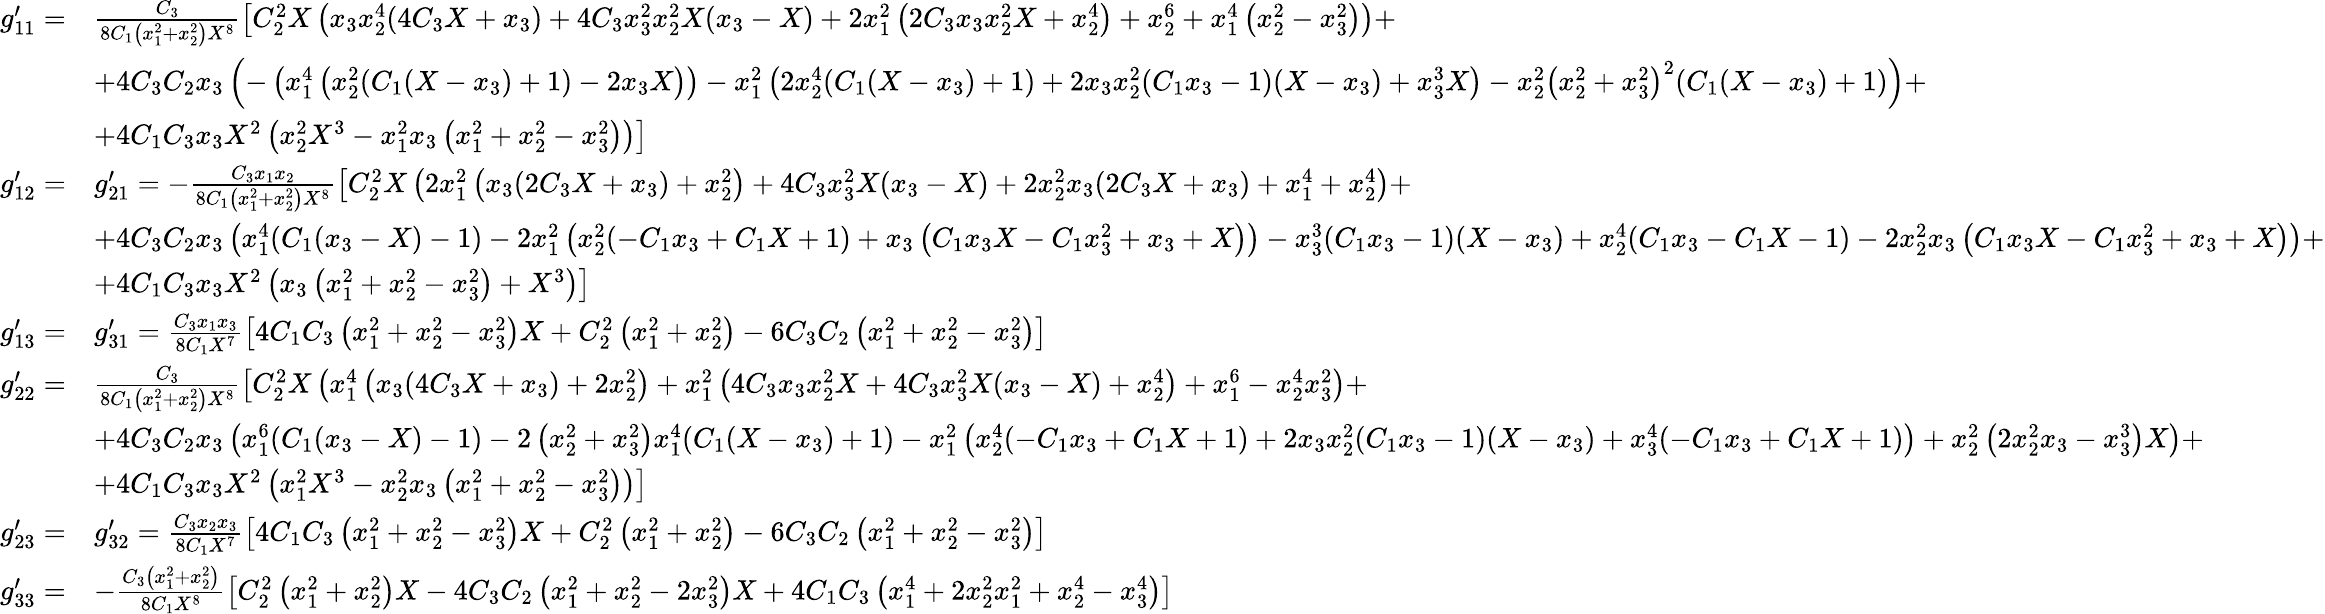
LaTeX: \begin{array}{rl}{g_{11}^{\prime}=}&{\frac{C_{3}}{8C_{1}\left(x_{1}^{2}+x_{2}^{2}\right)X^{8}}\left[C_{2}^{2}X\left(x_{3}x_{2}^{4}(4C_{3}X+x_{3})+4C_{3}x_{3}^{2}x_{2}^{2}X(x_{3}-X)+2x_{1}^{2}\left(2C_{3}x_{3}x_{2}^{2}X+x_{2}^{4}\right)+x_{2}^{6}+x_{1}^{4}\left(x_{2}^{2}-x_{3}^{2}\right)\right)+\right.}\\ &{\left.+4C_{3}C_{2}x_{3}\left(-\left(x_{1}^{4}\left(x_{2}^{2}(C_{1}(X-x_{3})+1)-2x_{3}X\right)\right)-x_{1}^{2}\left(2x_{2}^{4}(C_{1}(X-x_{3})+1)+2x_{3}x_{2}^{2}(C_{1}x_{3}-1)(X-x_{3})+x_{3}^{3}X\right)-x_{2}^{2}\left(x_{2}^{2}+x_{3}^{2}\right)^{2}(C_{1}(X-x_{3})+1)\right)+\right.}\\ &{\left.+4C_{1}C_{3}x_{3}X^{2}\left(x_{2}^{2}X^{3}-x_{1}^{2}x_{3}\left(x_{1}^{2}+x_{2}^{2}-x_{3}^{2}\right)\right)\right]}\\ {g_{12}^{\prime}=}&{g_{21}^{\prime}=-\frac{C_{3}x_{1}x_{2}}{8C_{1}\left(x_{1}^{2}+x_{2}^{2}\right)X^{8}}\left[C_{2}^{2}X\left(2x_{1}^{2}\left(x_{3}(2C_{3}X+x_{3})+x_{2}^{2}\right)+4C_{3}x_{3}^{2}X(x_{3}-X)+2x_{2}^{2}x_{3}(2C_{3}X+x_{3})+x_{1}^{4}+x_{2}^{4}\right)+\right.}\\ &{\left.+4C_{3}C_{2}x_{3}\left(x_{1}^{4}(C_{1}(x_{3}-X)-1)-2x_{1}^{2}\left(x_{2}^{2}(-C_{1}x_{3}+C_{1}X+1)+x_{3}\left(C_{1}x_{3}X-C_{1}x_{3}^{2}+x_{3}+X\right)\right)-x_{3}^{3}(C_{1}x_{3}-1)(X-x_{3})+x_{2}^{4}(C_{1}x_{3}-C_{1}X-1)-2x_{2}^{2}x_{3}\left(C_{1}x_{3}X-C_{1}x_{3}^{2}+x_{3}+X\right)\right)+\right.}\\ &{\left.+4C_{1}C_{3}x_{3}X^{2}\left(x_{3}\left(x_{1}^{2}+x_{2}^{2}-x_{3}^{2}\right)+X^{3}\right)\right]}\\ {g_{13}^{\prime}=}&{g_{31}^{\prime}=\frac{C_{3}x_{1}x_{3}}{8C_{1}X^{7}}\left[4C_{1}C_{3}\left(x_{1}^{2}+x_{2}^{2}-x_{3}^{2}\right)X+C_{2}^{2}\left(x_{1}^{2}+x_{2}^{2}\right)-6C_{3}C_{2}\left(x_{1}^{2}+x_{2}^{2}-x_{3}^{2}\right)\right]}\\ {g_{22}^{\prime}=}&{\frac{C_{3}}{8C_{1}\left(x_{1}^{2}+x_{2}^{2}\right)X^{8}}\left[C_{2}^{2}X\left(x_{1}^{4}\left(x_{3}(4C_{3}X+x_{3})+2x_{2}^{2}\right)+x_{1}^{2}\left(4C_{3}x_{3}x_{2}^{2}X+4C_{3}x_{3}^{2}X(x_{3}-X)+x_{2}^{4}\right)+x_{1}^{6}-x_{2}^{4}x_{3}^{2}\right)+\right.}\\ &{\left.+4C_{3}C_{2}x_{3}\left(x_{1}^{6}(C_{1}(x_{3}-X)-1)-2\left(x_{2}^{2}+x_{3}^{2}\right)x_{1}^{4}(C_{1}(X-x_{3})+1)-x_{1}^{2}\left(x_{2}^{4}(-C_{1}x_{3}+C_{1}X+1)+2x_{3}x_{2}^{2}(C_{1}x_{3}-1)(X-x_{3})+x_{3}^{4}(-C_{1}x_{3}+C_{1}X+1)\right)+x_{2}^{2}\left(2x_{2}^{2}x_{3}-x_{3}^{3}\right)X\right)+\right.}\\ &{\left.+4C_{1}C_{3}x_{3}X^{2}\left(x_{1}^{2}X^{3}-x_{2}^{2}x_{3}\left(x_{1}^{2}+x_{2}^{2}-x_{3}^{2}\right)\right)\right]}\\ {g_{23}^{\prime}=}&{g_{32}^{\prime}=\frac{C_{3}x_{2}x_{3}}{8C_{1}X^{7}}\left[4C_{1}C_{3}\left(x_{1}^{2}+x_{2}^{2}-x_{3}^{2}\right)X+C_{2}^{2}\left(x_{1}^{2}+x_{2}^{2}\right)-6C_{3}C_{2}\left(x_{1}^{2}+x_{2}^{2}-x_{3}^{2}\right)\right]}\\ {g_{33}^{\prime}=}&{-\frac{C_{3}\left(x_{1}^{2}+x_{2}^{2}\right)}{8C_{1}X^{8}}\left[C_{2}^{2}\left(x_{1}^{2}+x_{2}^{2}\right)X-4C_{3}C_{2}\left(x_{1}^{2}+x_{2}^{2}-2x_{3}^{2}\right)X+4C_{1}C_{3}\left(x_{1}^{4}+2x_{2}^{2}x_{1}^{2}+x_{2}^{4}-x_{3}^{4}\right)\right]}\end{array}